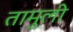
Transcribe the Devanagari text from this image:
तामुली